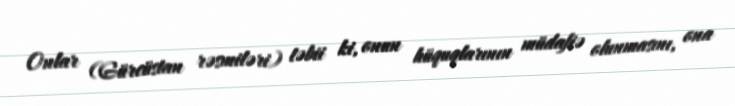
Onlar (Gürcüstan rəsmiləri) təbii ki, onun hüquqlarının müdafiə olunmasını, ona